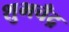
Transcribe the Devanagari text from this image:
शुभचँद्र